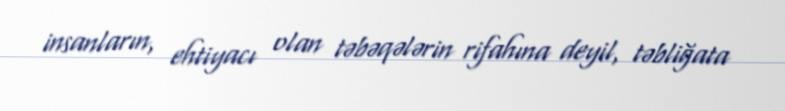
insanların, ehtiyacı olan təbəqələrin rifahına deyil, təbliğata